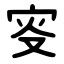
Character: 叜